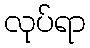
လုပ်ရာ